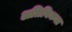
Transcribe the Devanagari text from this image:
अतिविकल